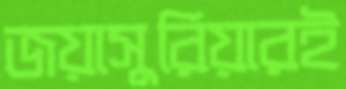
জয়াসুরিয়ারই